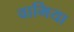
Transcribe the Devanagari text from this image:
वामिया